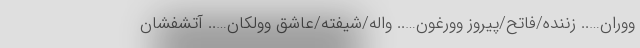
ووران….. زننده/فاتح/پیروز وورغون….. واله/شیفته/عاشق وولکان….. آتشفشان